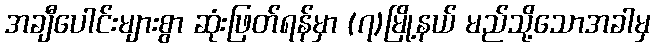
အချီပေါင်းများစွာ ဆုံးဖြတ်ရန်မှာ (၇)မြို့နယ် မည်သို့သောအခါမှ